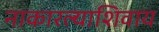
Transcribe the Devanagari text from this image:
नाकारल्याशिवाय